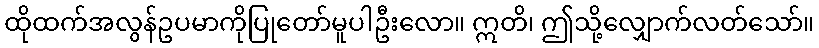
ထိုထက်အလွန်ဥပမာကိုပြုတော်မူပါဦးလော။ ဣတိ၊ ဤသို့လျှောက်လတ်သော်။